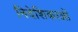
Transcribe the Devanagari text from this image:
निदेशिकाओं